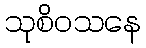
သုစိဝသနေ